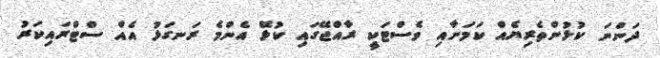
ދަންނަ ކުޅުންތެރިޔެއް ކަމަށާއި ވެސްޓަކީ ރާއްޖޭގައި ކުޅޭ އެންމެ ރަނގަޅު އެއް ސްޓްރައިކަރު